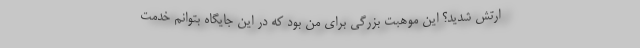
ارتش شدید؟ این موهبت بزرگی برای من بود که در این جایگاه بتوانم خدمت